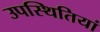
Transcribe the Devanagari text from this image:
उपस्थितियां